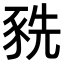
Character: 𧱀